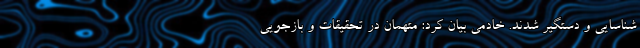
شناسایی و دستگیر شدند. خادمی بیان کرد: متهمان در تحقیقات و بازجویی